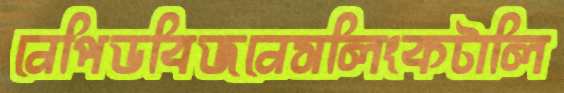
নেপিডবিজনেসলিংকটালি